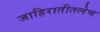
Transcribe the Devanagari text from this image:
जाहिरातीतलेच